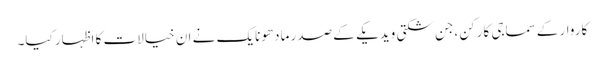
کاروار کےسماجی کارکن ،جن شکتی ویدیکے کے صدر مادھونایک نے ان خیالات کا اظہار کیا۔